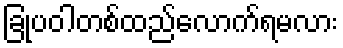
ခြုံပဝါတစ်ထည်လောက်ရမလား